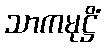
သာကမုဋ္ဌိံ